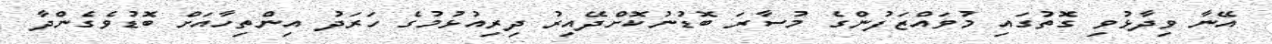
އޭނާ ވިދާޅުވި ގޮތުގައި މުވައްޒަފުންގެ މުސާރަ ބޮޑުނުކޮށްދޭއިރު ދިރިއުޅުމުގެ ހަރަދު އިންތިހާއަށް ބޮޑުވެގެންދާ